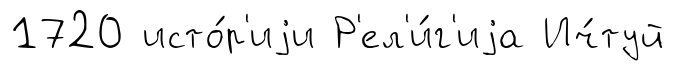
1720 исто́р'иjи Р'ел'и́г'иjа Ич́туй